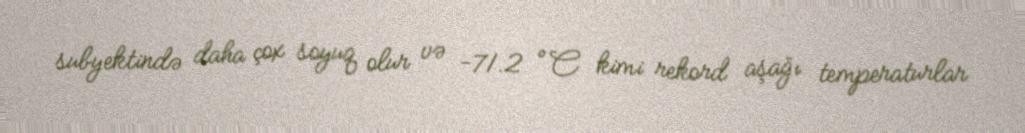
subyektində daha çox soyuq olur və −71.2 °C kimi rekord aşağı temperaturlar